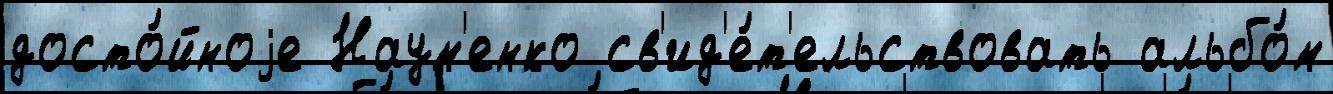
досто́йноjе Наум'енко св'ид'е́т'ельствовать альбо́м